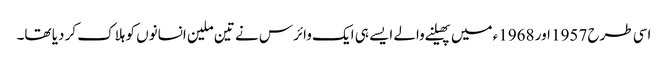
اسی طرح 1957 اور 1968ء میں پھیلنے والے ایسے ہی ایک وائرس نے تین ملین انسانوں کو ہلاک کر دیا تھا۔